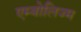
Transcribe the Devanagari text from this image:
एम्बोलिज्म